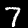
Digit: 7